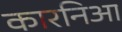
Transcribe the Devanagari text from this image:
कारनिआ